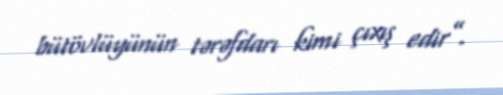
bütövlüyünün tərəfdarı kimi çıxış edir”.